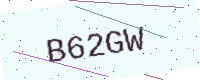
Text: B62GW